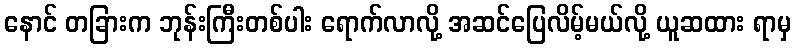
နောင် တခြားက ဘုန်းကြီးတစ်ပါး ရောက်လာလို့ အဆင်ပြေလိမ့်မယ်လို့ ယူဆထား ရာမှ